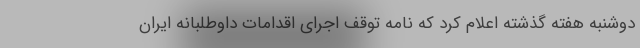
دوشنبه هفته گذشته اعلام کرد که نامه توقف اجرای اقدامات داوطلبانه ایران